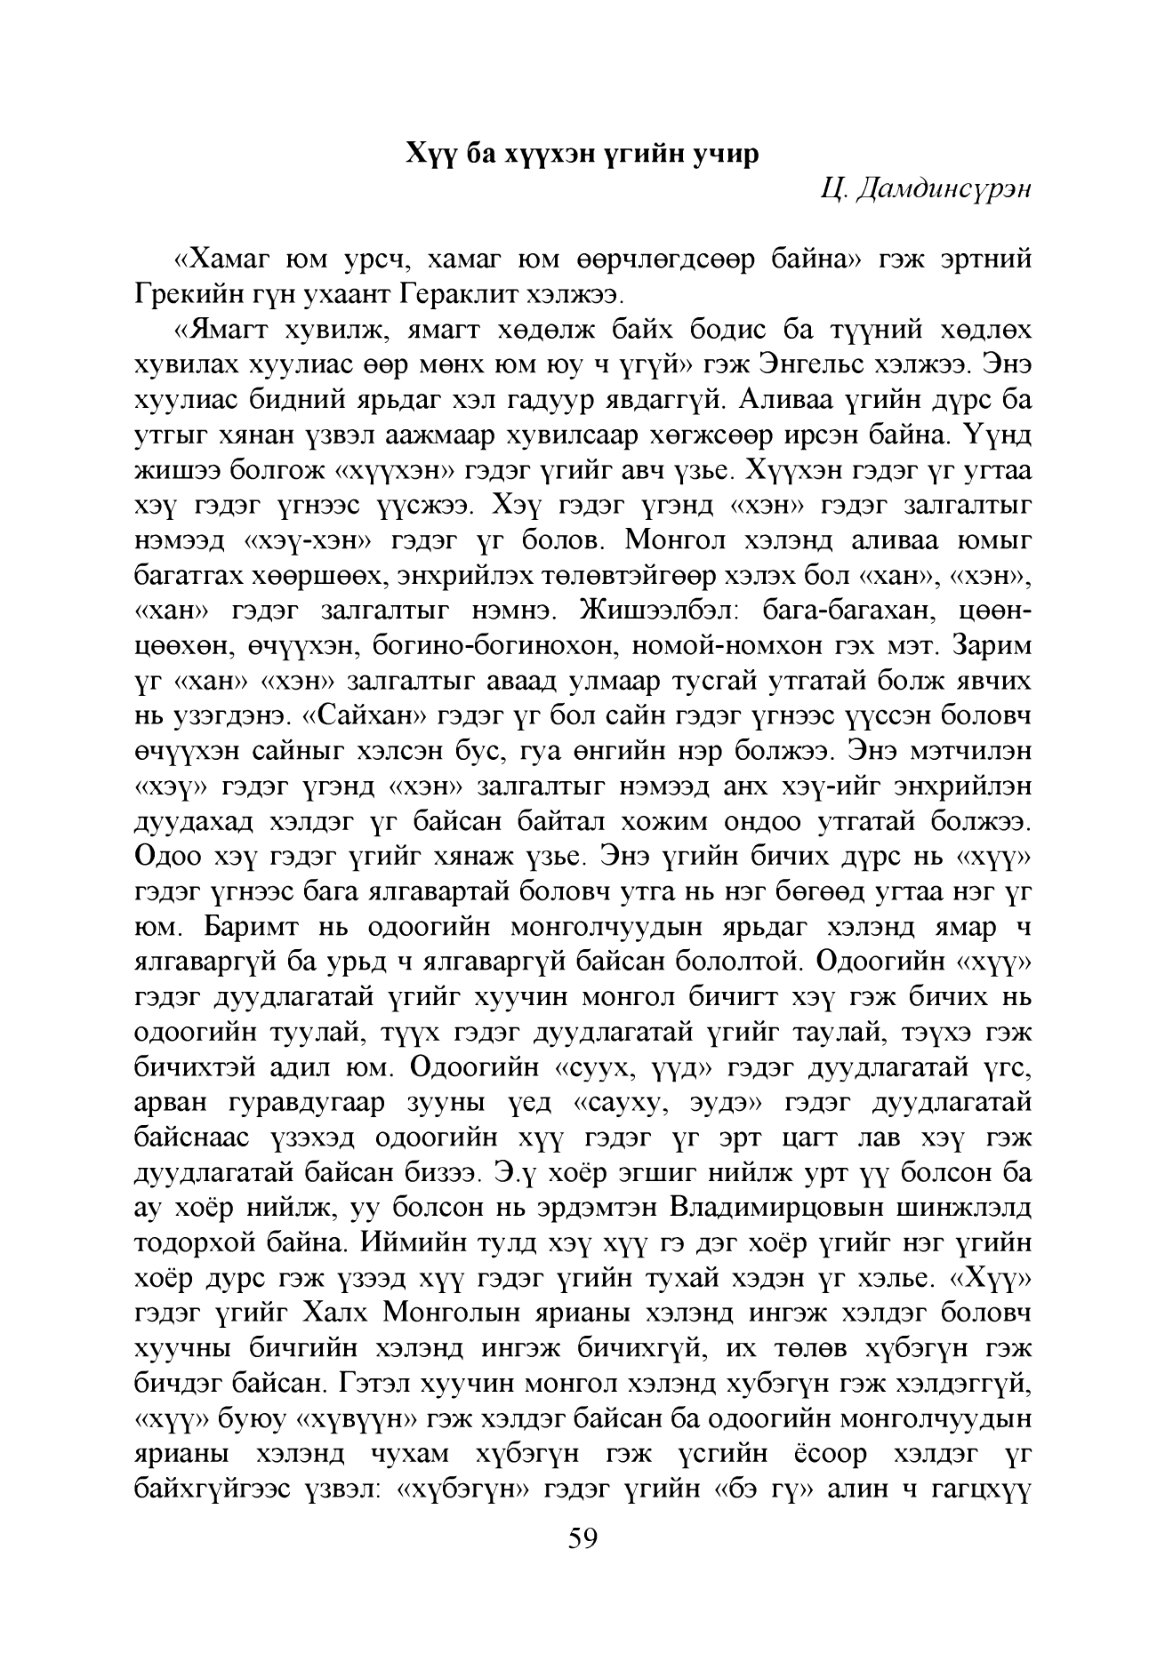
Language: mn